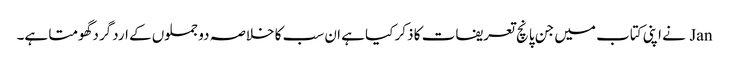
Jan نے اپنی کتاب میں جن پانچ تعریفات کا ذکر کیا ہے ان سب کا خلاصہ دو جملوں کے اردگرد گھومتا ہے۔